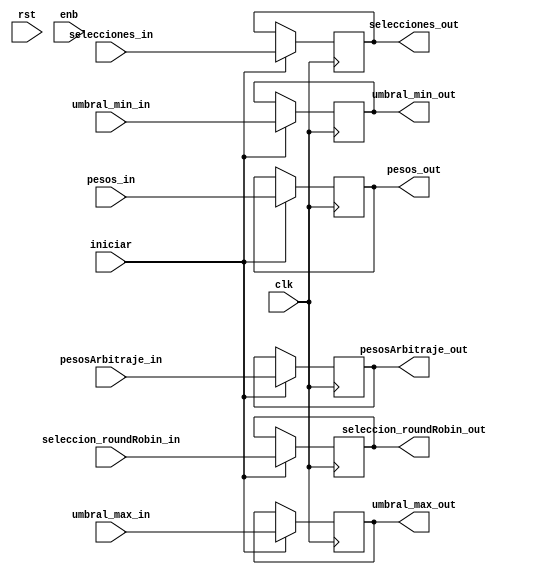
module memorias #(
  parameter QUEUE_QUANTITY = 4,    // se utilizan 4 filas fifo
  parameter DATA_BITS = 8,         // Los datos son de 8 bits
  parameter BUF_WIDTH = 3,         // Los datos son de 8 bits
  parameter MAX_WEIGHT = 64,       // El peso máximo es de 64 = 2^6
  parameter TABLE_SIZE = 8,        // Tamaño de la tabla de arbitraje
  parameter MAX_MAG_UMBRAL = 16,    // Tamaño máximo de los umbrales
  parameter TIPOS_ROUND_ROBIN = 3, // Tamaño máximo de los umbrales
  parameter FIFO_COUNT = 5
)(
  // señales de control basico
  input clk, rst, enb,
  input iniciar, // strobe que indica la actualizacion de la memoria

  // señales de entrada
  input [$clog2(TIPOS_ROUND_ROBIN)-1:0] seleccion_roundRobin_in,
  input [QUEUE_QUANTITY*$clog2(MAX_WEIGHT)-1:0] pesos_in,
  input [TABLE_SIZE*$clog2(MAX_WEIGHT)-1:0] pesosArbitraje_in,
  input [TABLE_SIZE*$clog2(QUEUE_QUANTITY)-1:0] selecciones_in,
  input [$clog2(MAX_MAG_UMBRAL)-1:0] umbral_min_in,
  input [$clog2(MAX_MAG_UMBRAL)-1:0] umbral_max_in,

  // señales de salida
  output [$clog2(TIPOS_ROUND_ROBIN)-1:0] seleccion_roundRobin_out,
  output [QUEUE_QUANTITY*$clog2(MAX_WEIGHT)-1:0] pesos_out,
  output [TABLE_SIZE*$clog2(MAX_WEIGHT)-1:0] pesosArbitraje_out,
  output [TABLE_SIZE*$clog2(QUEUE_QUANTITY)-1:0] selecciones_out,
  output [$clog2(MAX_MAG_UMBRAL)-1:0] umbral_min_out,
  output [$clog2(MAX_MAG_UMBRAL)-1:0] umbral_max_out
);

  wire [$clog2(TIPOS_ROUND_ROBIN)-1:0] seleccion_roundRobin_in;
  wire [QUEUE_QUANTITY*$clog2(MAX_WEIGHT)-1:0] pesos_in;
  wire [TABLE_SIZE*$clog2(MAX_WEIGHT)-1:0] pesosArbitraje_in;
  wire [TABLE_SIZE*$clog2(QUEUE_QUANTITY)-1:0] selecciones_in;

  // memoria de selecciones
  //
  reg [$clog2(TIPOS_ROUND_ROBIN)-1:0] seleccion_roundRobin_out;
  reg [QUEUE_QUANTITY*$clog2(MAX_WEIGHT)-1:0] pesos_out;
  reg [TABLE_SIZE*$clog2(MAX_WEIGHT)-1:0] pesosArbitraje_out;
  reg [TABLE_SIZE*$clog2(QUEUE_QUANTITY)-1:0] selecciones_out;
  reg [$clog2(MAX_MAG_UMBRAL)-1:0] umbral_min_out;
  reg [$clog2(MAX_MAG_UMBRAL)-1:0] umbral_max_out;

  always @ (posedge clk) begin
    if (iniciar) begin
      seleccion_roundRobin_out <= seleccion_roundRobin_in;
      pesos_out <= pesos_in;
      pesosArbitraje_out <= pesosArbitraje_in;
      selecciones_out <= selecciones_in;
      umbral_min_out <= umbral_min_in;
      umbral_max_out <= umbral_max_in;
    end
  end

endmodule